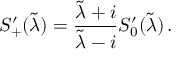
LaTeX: S _ { + } ^ { \prime } ( \tilde { \lambda } ) = { \frac { \tilde { \lambda } + i } { \tilde { \lambda } - i } } S _ { 0 } ^ { \prime } ( \tilde { \lambda } ) \, .